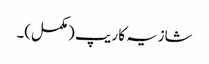
شازیہ کا ریپ (مکمل)۔